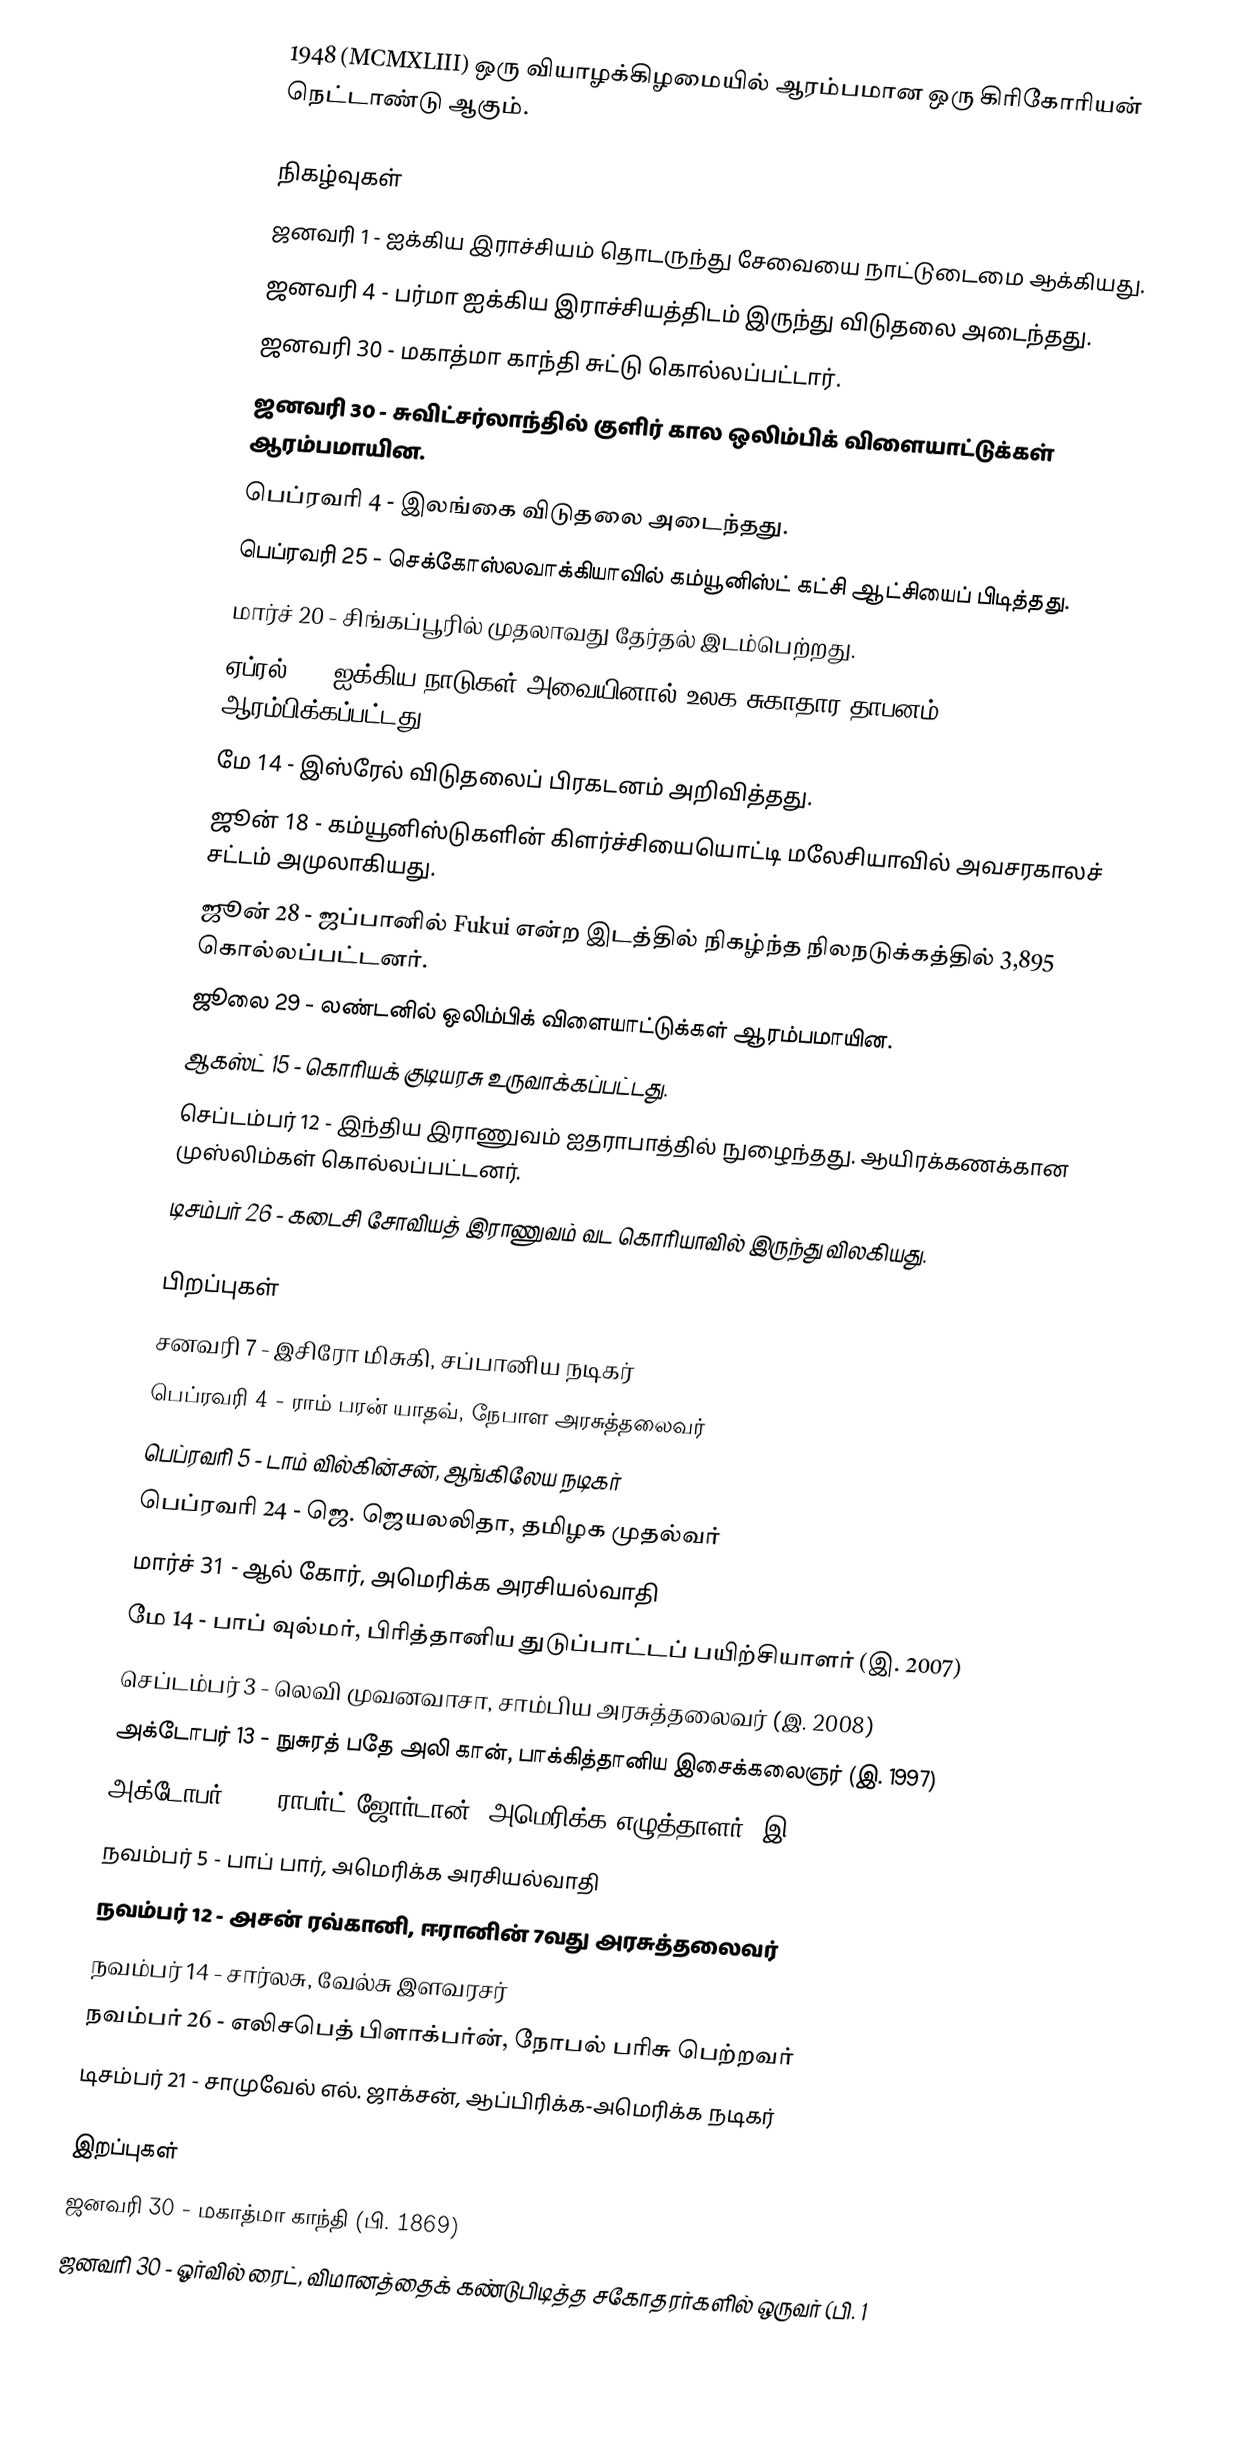
1948  (MCMXLIII) ஒரு வியாழக்கிழமையில் ஆரம்பமான ஒரு கிரிகோரியன் நெட்டாண்டு ஆகும்.

நிகழ்வுகள்
 ஜனவரி 1 - ஐக்கிய இராச்சியம் தொடருந்து சேவையை நாட்டுடைமை ஆக்கியது.
 ஜனவரி 4 - பர்மா ஐக்கிய இராச்சியத்திடம் இருந்து விடுதலை அடைந்தது.
 ஜனவரி 30 - மகாத்மா காந்தி சுட்டு கொல்லப்பட்டார்.
 ஜனவரி 30 - சுவிட்சர்லாந்தில் குளிர் கால ஒலிம்பிக் விளையாட்டுக்கள் ஆரம்பமாயின.
 பெப்ரவரி 4 - இலங்கை விடுதலை அடைந்தது.
 பெப்ரவரி 25 - செக்கோஸ்லவாக்கியாவில் கம்யூனிஸ்ட் கட்சி ஆட்சியைப் பிடித்தது.
 மார்ச் 20 - சிங்கப்பூரில் முதலாவது தேர்தல் இடம்பெற்றது.
 ஏப்ரல் 7 - ஐக்கிய நாடுகள் அவையினால் உலக சுகாதார தாபனம் ஆரம்பிக்கப்பட்டது.
 மே 14 - இஸ்ரேல் விடுதலைப் பிரகடனம் அறிவித்தது.
 ஜூன் 18 - கம்யூனிஸ்டுகளின் கிளர்ச்சியையொட்டி மலேசியாவில் அவசரகாலச் சட்டம் அமுலாகியது.
 ஜூன் 28 - ஜப்பானில் Fukui என்ற இடத்தில் நிகழ்ந்த நிலநடுக்கத்தில் 3,895 கொல்லப்பட்டனர்.
 ஜூலை 29 - லண்டனில் ஒலிம்பிக் விளையாட்டுக்கள் ஆரம்பமாயின.
 ஆகஸ்ட் 15 - கொரியக் குடியரசு உருவாக்கப்பட்டது.
 செப்டம்பர் 12 - இந்திய இராணுவம் ஐதராபாத்தில் நுழைந்தது. ஆயிரக்கணக்கான முஸ்லிம்கள் கொல்லப்பட்டனர்.
 டிசம்பர் 26 - கடைசி சோவியத் இராணுவம் வட கொரியாவில் இருந்து விலகியது.

பிறப்புகள்
 சனவரி 7 - இசிரோ மிசுகி, சப்பானிய நடிகர்
 பெப்ரவரி 4 - ராம் பரன் யாதவ், நேபாள அரசுத்தலைவர்
 பெப்ரவரி 5 - டாம் வில்கின்சன், ஆங்கிலேய நடிகர்
 பெப்ரவரி 24 - ஜெ. ஜெயலலிதா, தமிழக முதல்வர்
 மார்ச் 31 - ஆல் கோர், அமெரிக்க அரசியல்வாதி
 மே 14 - பாப் வுல்மர், பிரித்தானிய துடுப்பாட்டப் பயிற்சியாளர் (இ. 2007)
 செப்டம்பர் 3 - லெவி முவனவாசா, சாம்பிய அரசுத்தலைவர் (இ. 2008)
 அக்டோபர் 13 - நுசுரத் பதே அலி கான், பாக்கித்தானிய இசைக்கலைஞர் (இ. 1997)
 அக்டோபர் 17 - ராபர்ட் ஜோர்டான், அமெரிக்க எழுத்தாளர் (இ. 2007)
 நவம்பர் 5 - பாப் பார், அமெரிக்க அரசியல்வாதி
 நவம்பர் 12 - அசன் ரவ்கானி, ஈரானின் 7வது அரசுத்தலைவர்
 நவம்பர் 14 - சார்லசு, வேல்சு இளவரசர்
 நவம்பர் 26 - எலிசபெத் பிளாக்பர்ன், நோபல் பரிசு பெற்றவர்
 டிசம்பர் 21 - சாமுவேல் எல். ஜாக்சன், ஆப்பிரிக்க-அமெரிக்க நடிகர்

இறப்புகள்
 ஜனவரி 30 - மகாத்மா காந்தி (பி. 1869)
 ஜனவரி 30 - ஓர்வில் ரைட், விமானத்தைக் கண்டுபிடித்த சகோதரர்களில் ஒருவர் (பி. 1